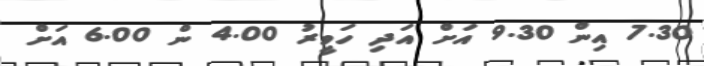
7.30 އިން 9.30 އަށް އަދި ހަވީރު 4.00 ން 6.00 އަށް